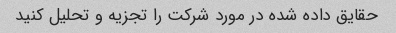
حقایق داده شده در مورد شرکت را تجزیه و تحلیل کنید